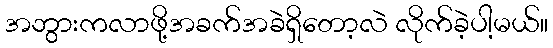
အဘွားကလာဖို့အခက်အခဲရှိတော့လဲ လိုက်ခဲ့ပါ့မယ်။